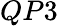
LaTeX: QP3